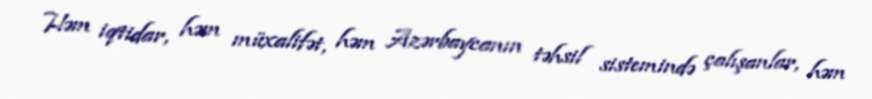
Həm iqtidar, həm müxalifət, həm Azərbaycanın təhsil sistemində çalışanlar, həm